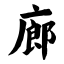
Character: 廊